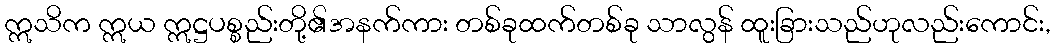
ဣသိက ဣယ ဣဋ္ဌပစ္စည်းတို့၏အနက်ကား တစ်ခုထက်တစ်ခု သာလွန် ထူးခြားသည်ဟုလည်းကောင်း,